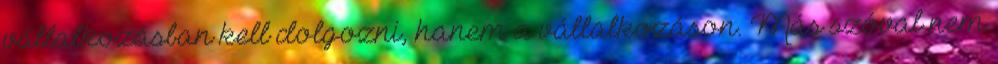
vállalkozásban kell dolgozni, hanem a vállalkozáson. Más szóval nem